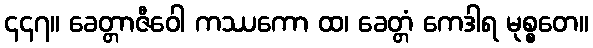
၄၄၇။ ခေတ္တာဇီဝေါ ကဿကော ထ၊ ခေတ္တံ ကေဒါရ မုစ္စတေ။